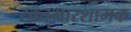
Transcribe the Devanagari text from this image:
रक्तभारशामक